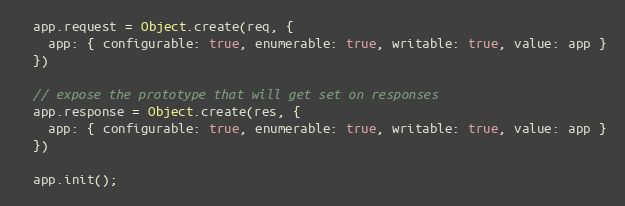
Language: JavaScript
  app.request = Object.create(req, {
    app: { configurable: true, enumerable: true, writable: true, value: app }
  })

  // expose the prototype that will get set on responses
  app.response = Object.create(res, {
    app: { configurable: true, enumerable: true, writable: true, value: app }
  })

  app.init();